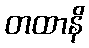
တထာနိ